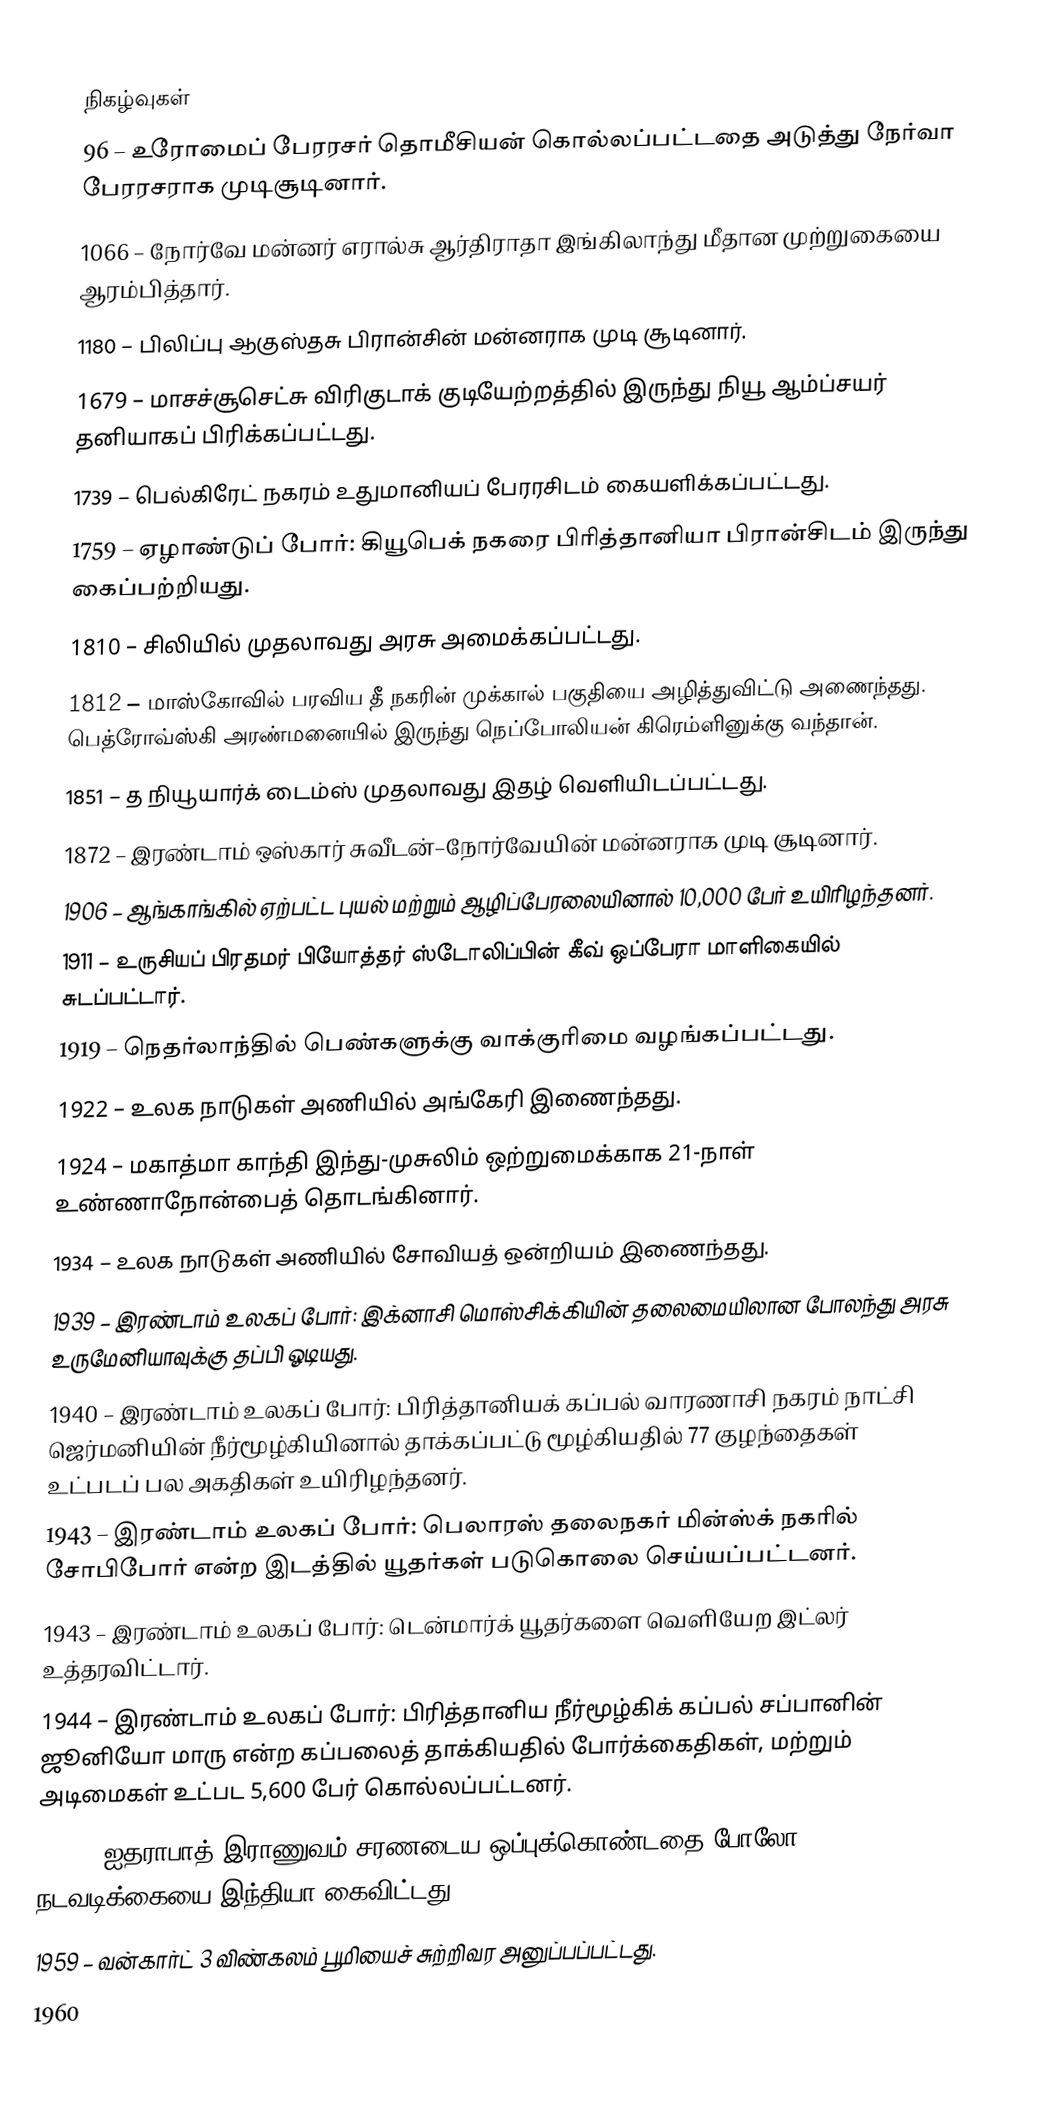

நிகழ்வுகள்
96 – உரோமைப் பேரரசர் தொமீசியன் கொல்லப்பட்டதை அடுத்து நேர்வா பேரரசராக முடிசூடினார்.
1066 – நோர்வே மன்னர் எரால்சு ஆர்திராதா இங்கிலாந்து மீதான முற்றுகையை ஆரம்பித்தார்.
1180 – பிலிப்பு ஆகுஸ்தசு பிரான்சின் மன்னராக முடி சூடினார்.
1679 – மாசச்சூசெட்சு விரிகுடாக் குடியேற்றத்தில் இருந்து நியூ ஆம்ப்சயர் தனியாகப் பிரிக்கப்பட்டது.
1739 – பெல்கிரேட் நகரம் உதுமானியப் பேரரசிடம் கையளிக்கப்பட்டது.
1759 – ஏழாண்டுப் போர்: கியூபெக் நகரை பிரித்தானியா பிரான்சிடம் இருந்து கைப்பற்றியது.
1810 – சிலியில் முதலாவது அரசு அமைக்கப்பட்டது.
1812 – மாஸ்கோவில் பரவிய தீ நகரின் முக்கால் பகுதியை அழித்துவிட்டு அணைந்தது. பெத்ரோவ்ஸ்கி அரண்மனையில் இருந்து நெப்போலியன் கிரெம்ளினுக்கு வந்தான்.
1851 – த நியூயார்க் டைம்ஸ் முதலாவது இதழ் வெளியிடப்பட்டது.
1872 – இரண்டாம் ஒஸ்கார் சுவீடன்–நோர்வேயின் மன்னராக முடி சூடினார்.
1906 – ஆங்காங்கில் ஏற்பட்ட புயல் மற்றும் ஆழிப்பேரலையினால் 10,000 பேர் உயிரிழந்தனர்.
1911 – உருசியப் பிரதமர் பியோத்தர் ஸ்டோலிப்பின் கீவ் ஒப்பேரா மாளிகையில் சுடப்பட்டார்.
1919 – நெதர்லாந்தில் பெண்களுக்கு வாக்குரிமை வழங்கப்பட்டது.
1922 – உலக நாடுகள் அணியில் அங்கேரி இணைந்தது.
1924 – மகாத்மா காந்தி இந்து-முசுலிம் ஒற்றுமைக்காக 21-நாள் உண்ணாநோன்பைத் தொடங்கினார்.
1934 – உலக நாடுகள் அணியில் சோவியத் ஒன்றியம் இணைந்தது.
1939 – இரண்டாம் உலகப் போர்: இக்னாசி மொஸ்சிக்கியின் தலைமையிலான போலந்து அரசு உருமேனியாவுக்கு தப்பி ஓடியது.
1940 – இரண்டாம் உலகப் போர்: பிரித்தானியக் கப்பல் வாரணாசி நகரம் நாட்சி ஜெர்மனியின் நீர்மூழ்கியினால் தாக்கப்பட்டு மூழ்கியதில் 77 குழந்தைகள் உட்படப் பல அகதிகள் உயிரிழந்தனர்.
1943 – இரண்டாம் உலகப் போர்: பெலாரஸ் தலைநகர் மின்ஸ்க் நகரில் சோபிபோர் என்ற இடத்தில் யூதர்கள் படுகொலை செய்யப்பட்டனர்.
1943 – இரண்டாம் உலகப் போர்: டென்மார்க் யூதர்களை வெளியேற இட்லர் உத்தரவிட்டார்.
1944 – இரண்டாம் உலகப் போர்: பிரித்தானிய நீர்மூழ்கிக் கப்பல் சப்பானின் ஜூனியோ மாரு என்ற கப்பலைத் தாக்கியதில் போர்க்கைதிகள், மற்றும் அடிமைகள் உட்பட 5,600 பேர் கொல்லப்பட்டனர்.
1948 – ஐதராபாத் இராணுவம் சரணடைய ஒப்புக்கொண்டதை போலோ நடவடிக்கையை இந்தியா கைவிட்டது.
1959 – வன்கார்ட் 3 விண்கலம் பூமியைச் சுற்றிவர அனுப்பப்பட்டது.
1960